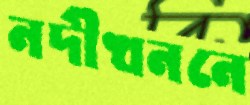
নদীখননে